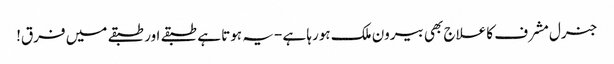
جنرل مشرف کا علاج بھی بیرون ملک ہورہا ہے -یہ ہوتا ہے طبقے اور طبقے میں فرق!